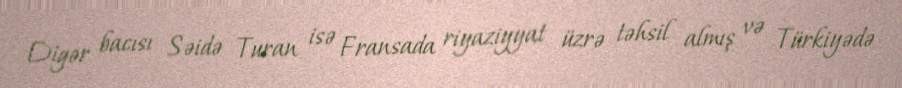
Digər bacısı Səidə Turan isə Fransada riyaziyyat üzrə təhsil almış və Türkiyədə